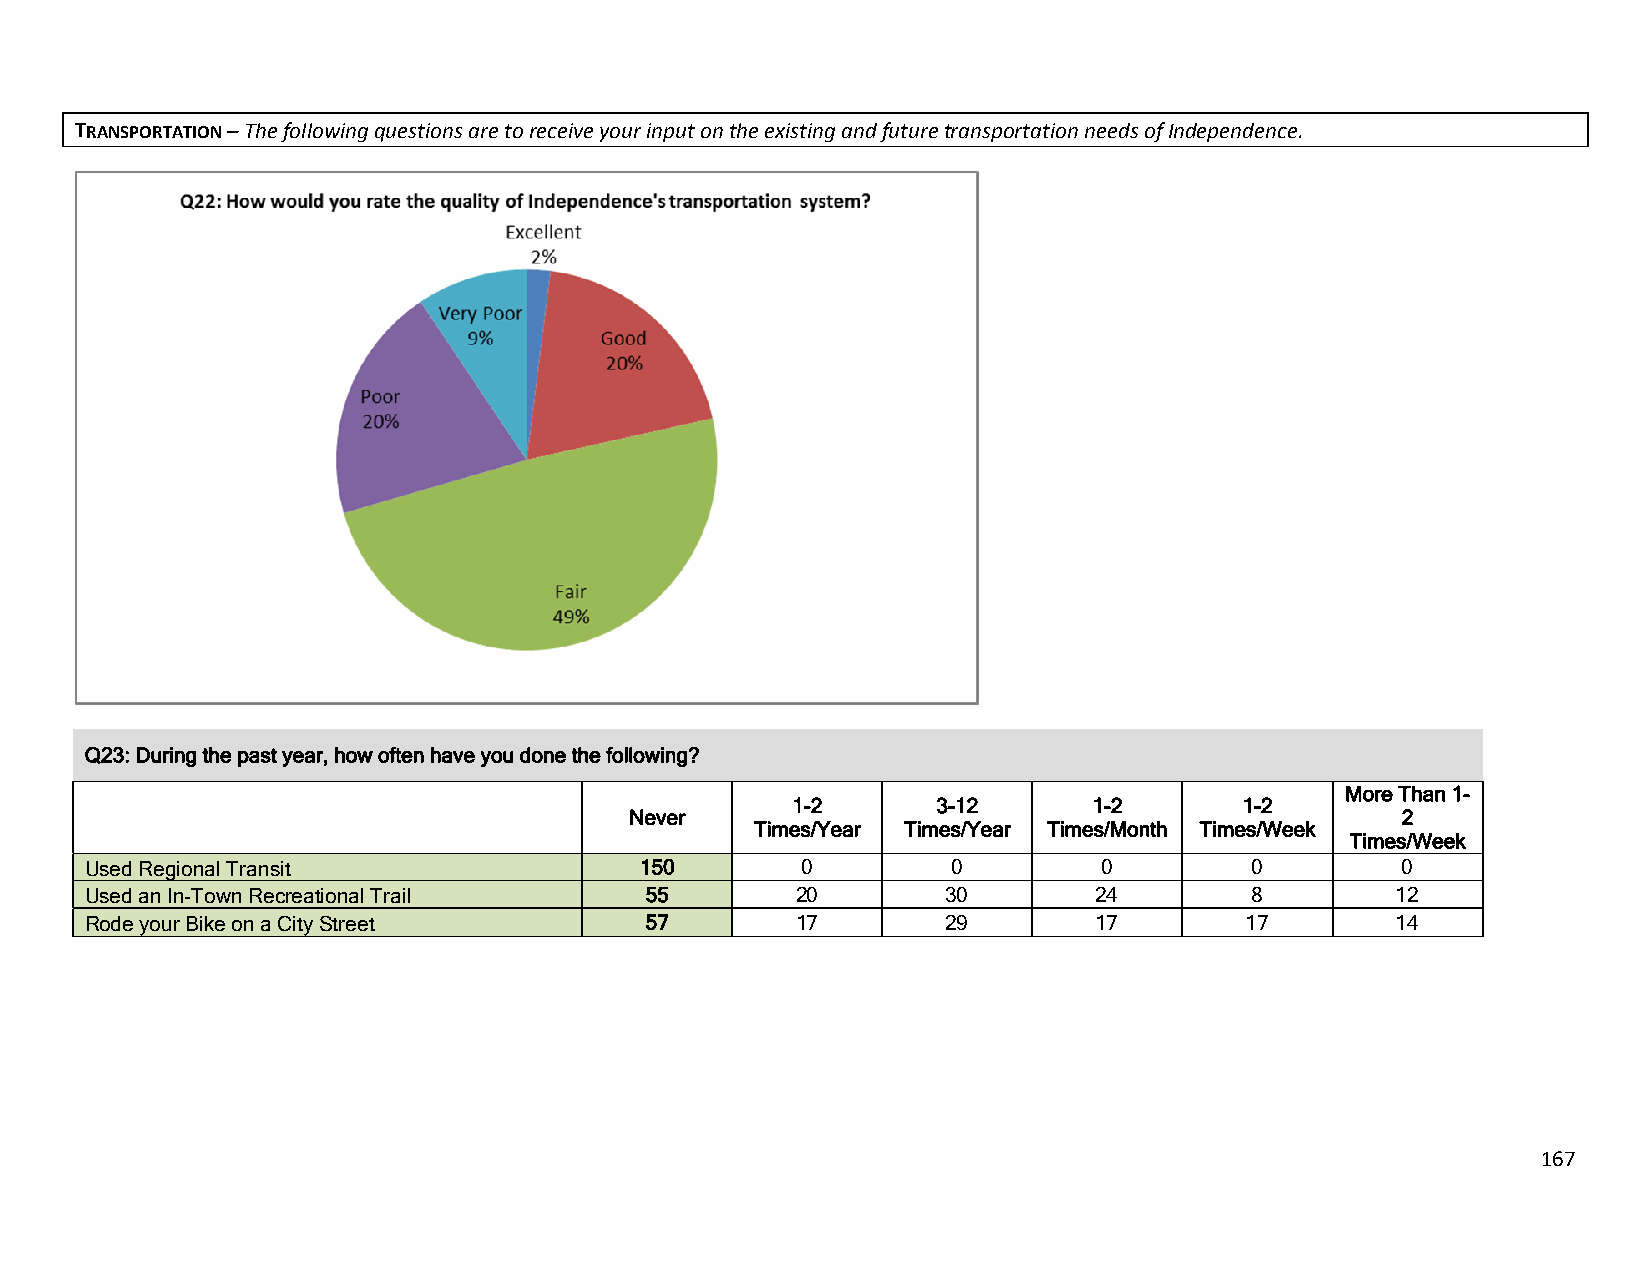
TRANSPORTATION – The following questions are to receive your input on the existing and future transportation needs of Independence.
 Q23: During the past year, how often have you done the following?
 More Than 1-
 1-2       3-12      1-2       1-2
 Never                                              2
 Times/Year Times/Year Times/Month Times/Week
 Times/Week
 Used Regional Transit               150        0         0         0         0         0
 Used an In-Town Recreational Trail   55        20        30        24        8        12
 Rode your Bike on a City Street      57        17        29        17       17        14
 167